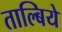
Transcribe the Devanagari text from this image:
ताल्बिये